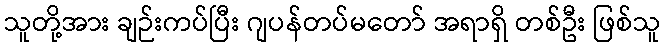
သူတို့အား ချဉ်းကပ်ပြီး ဂျပန်တပ်မတော် အရာရှိ တစ်ဦး ဖြစ်သူ